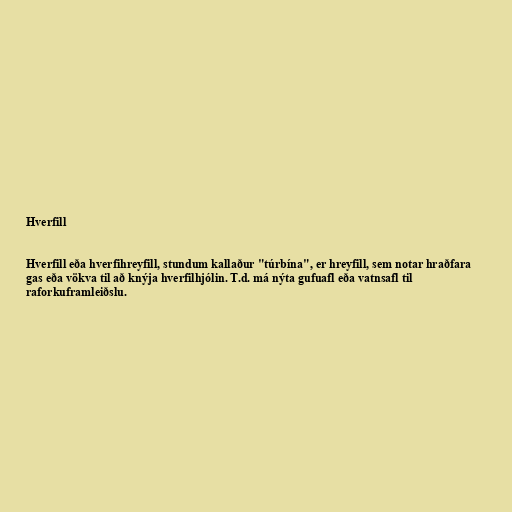
Hverfill

Hverfill eða hverfihreyfill, stundum kallaður "túrbína", er hreyfill, sem notar hraðfara
gas eða vökva til að knýja hverfilhjólin. T.d. má nýta gufuafl eða vatnsafl til
raforkuframleiðslu.